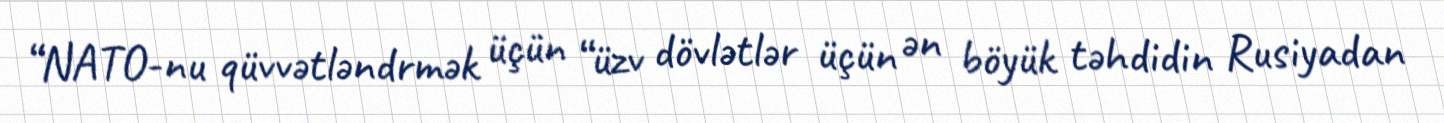
“NATO-nu qüvvətləndrmək üçün “üzv dövlətlər üçün ən böyük təhdidin Rusiyadan